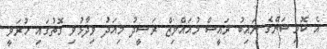
އެ ކޮމިޝަންގެ ނައިބު ރައީސް މުއައްވިޒް ރަޝީދު މިއަދު ވިދާޅުވި ގޮތުގައި ހުރަވީ